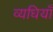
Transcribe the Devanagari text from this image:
व्यधियाँ